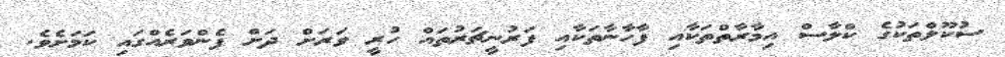
ސުކޫލްތަކުގެ ކްލާސް އިމާރާތްތަކާއި ފާހާނާތަކާއި ފަރުނީޗަރުތައް ހުރީ ވަރަށް ދަށް ފެންވަރެއްގައި ކަމަށެވެ.